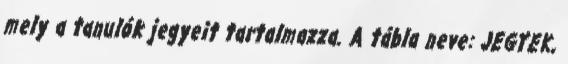
mely a tanulók jegyeit tartalmazza. A tábla neve: JEGYEK,